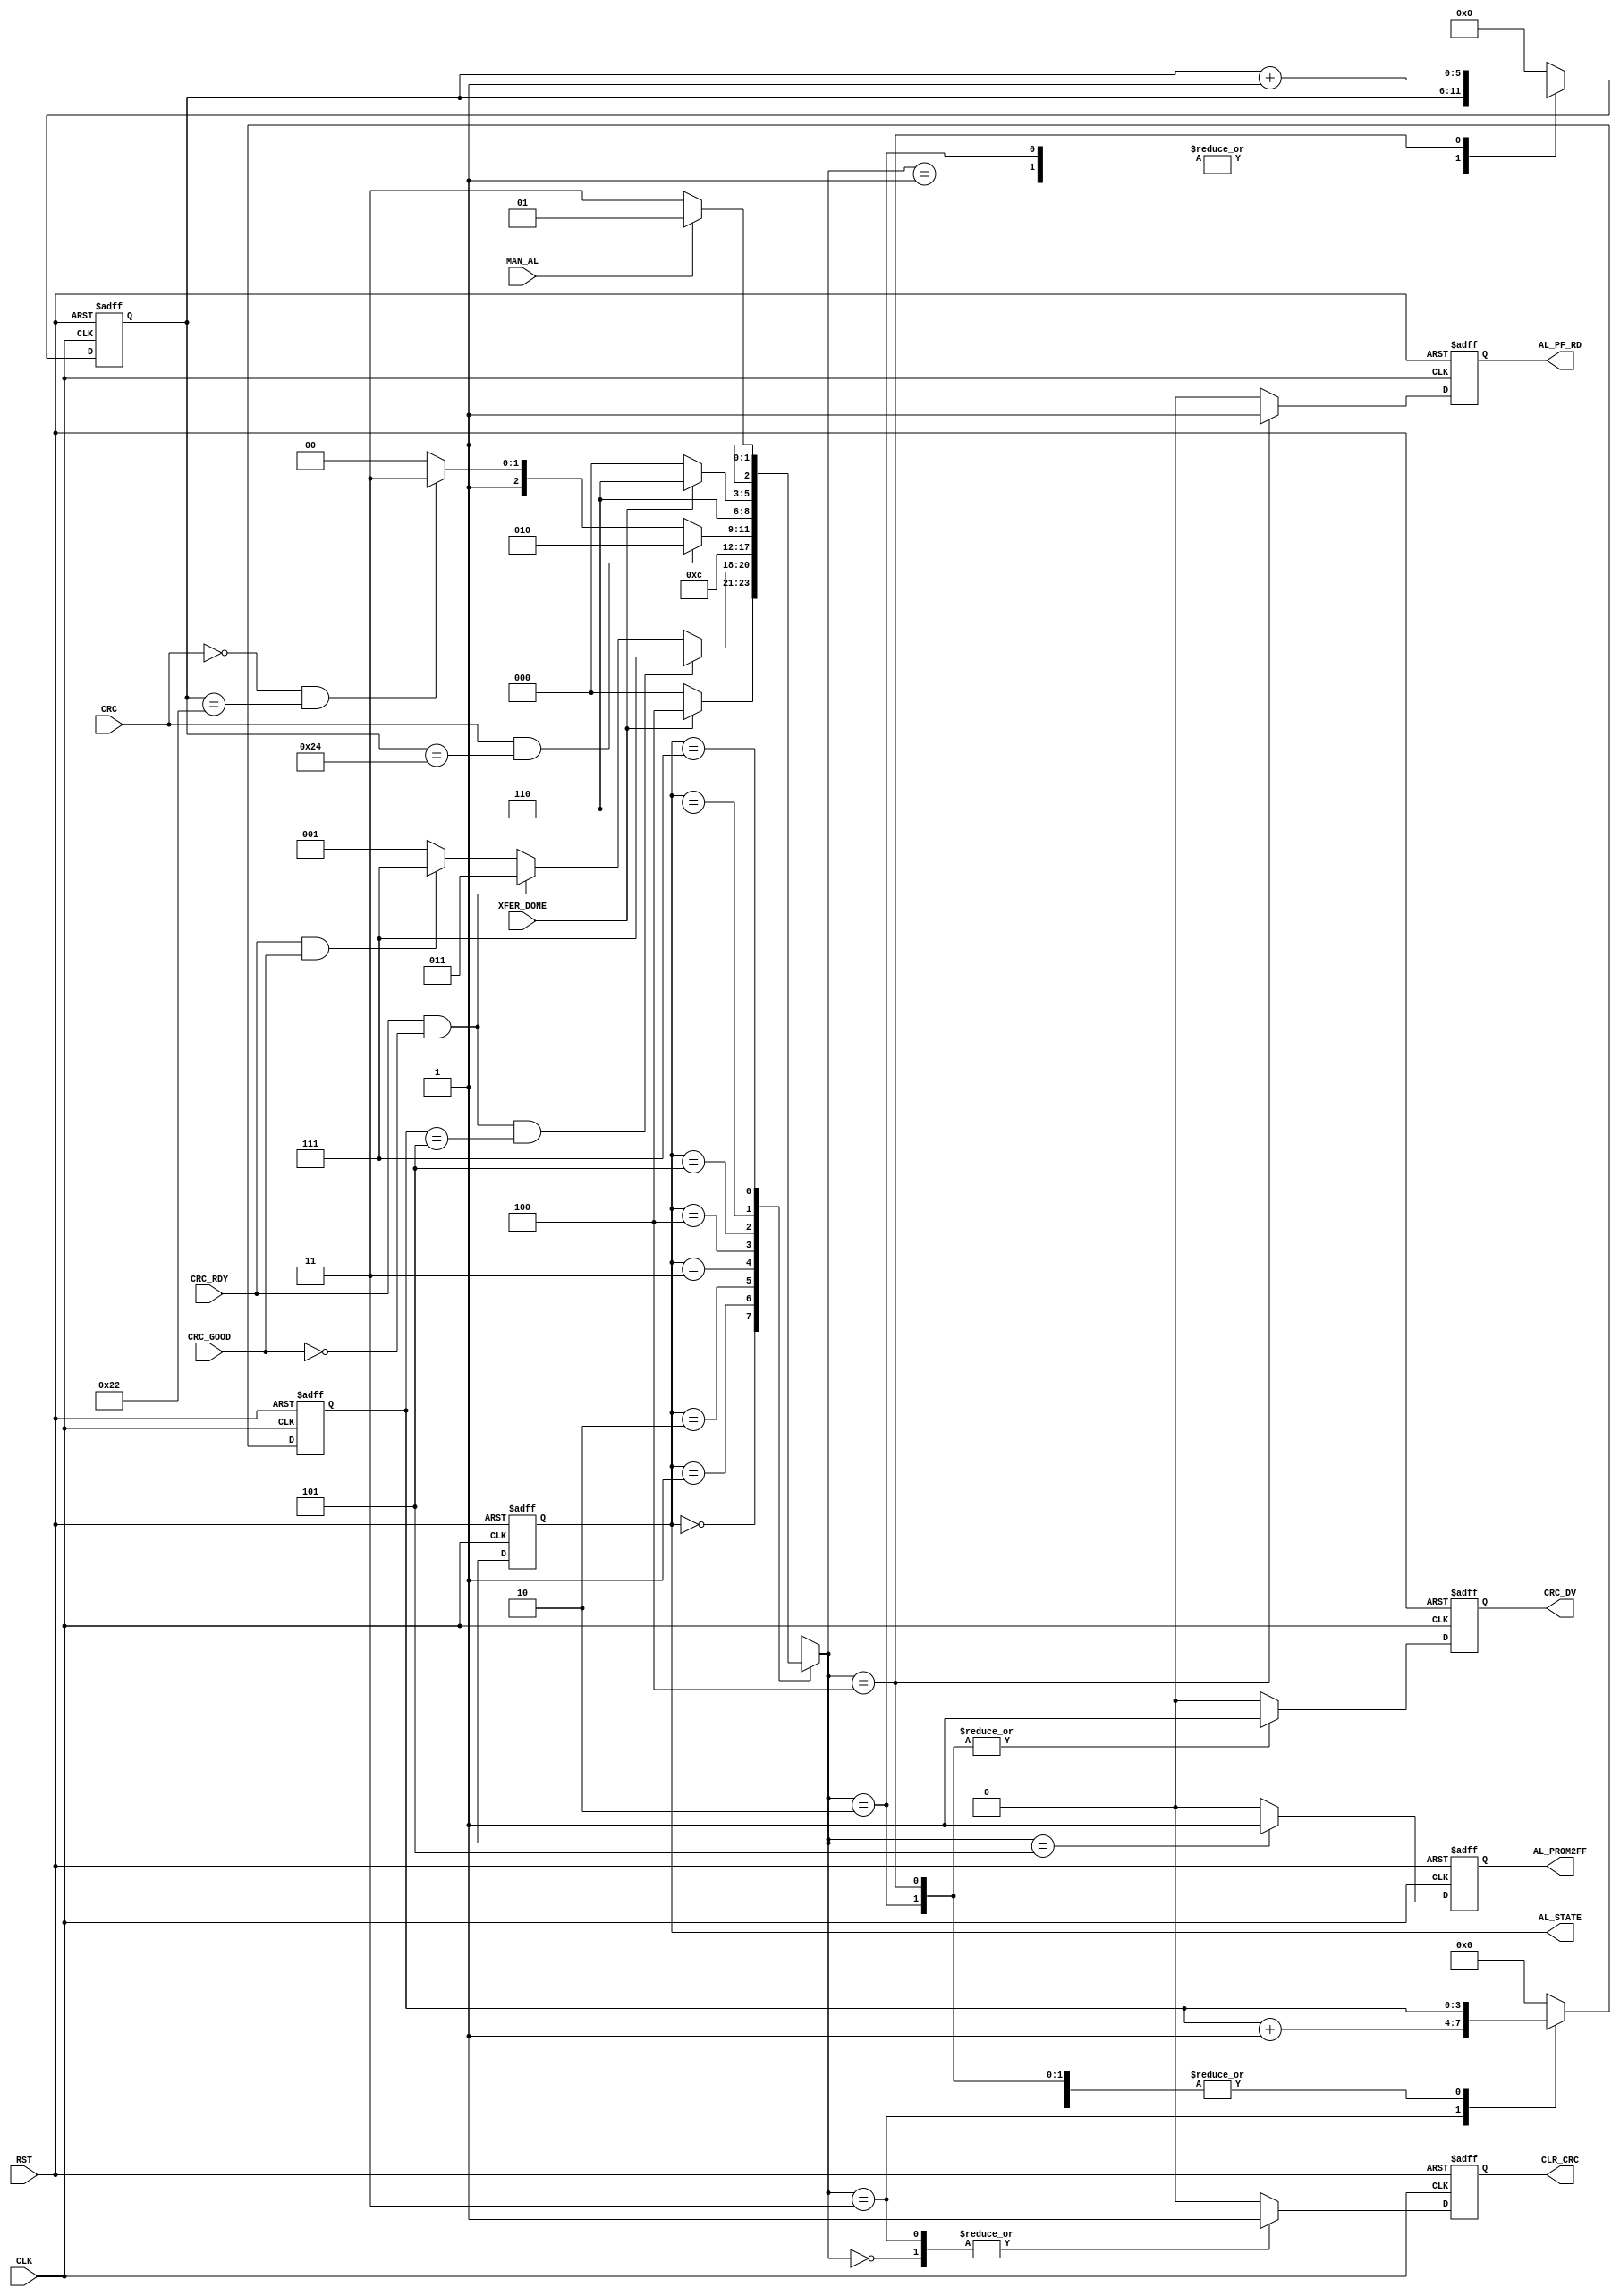

// Created by fizzim_tmr.pl version $Revision: 4.44 on 2018:05:21 at 14:42:21 (www.fizzim.com)

module Auto_Load_Param_FSM 
  #(
    parameter MAX_ATMPT = 9'd5,
    parameter MAX_WRDS = 9'd34
  )(
  output reg AL_PF_RD,
  output reg AL_PROM2FF,
  output reg CLR_CRC,
  output reg CRC_DV,
  output wire [2:0] AL_STATE,
  input CLK,
  input CRC,
  input CRC_GOOD,
  input CRC_RDY,
  input MAN_AL,
  input RST,
  input XFER_DONE 
);

  // state bits
  parameter 
  Idle       = 3'b000, 
  CHK_CRC    = 3'b001, 
  CRC_Calc   = 3'b010, 
  Next_Atmpt = 3'b011, 
  Read_FIFO  = 3'b100, 
  Start_Xfer = 3'b101, 
  Sync       = 3'b110, 
  Wait4Xfer  = 3'b111; 

  reg [2:0] state;

  assign AL_STATE = state;

  reg [2:0] nextstate;


  reg [5:0] al_cnt;
  reg [3:0] atmpt_cnt;

  // comb always block
  always @* begin
    nextstate = 3'bxxx; // default to x because default_state_is_x is set
    case (state)
      Idle      : if      (XFER_DONE)                                     nextstate = Read_FIFO;
                  else                                                    nextstate = Idle;
      CHK_CRC   : if      (CRC_RDY && !CRC_GOOD && atmpt_cnt==MAX_ATMPT)  nextstate = Wait4Xfer;
                  else if (CRC_RDY && !CRC_GOOD)                          nextstate = Next_Atmpt;
                  else if (CRC_RDY && CRC_GOOD)                           nextstate = Wait4Xfer;
                  else                                                    nextstate = CHK_CRC;
      CRC_Calc  :                                                         nextstate = CHK_CRC;
      Next_Atmpt:                                                         nextstate = Read_FIFO;
      Read_FIFO : if      (CRC && al_cnt==(MAX_WRDS+2))                   nextstate = CRC_Calc;
                  else if (!CRC && al_cnt==MAX_WRDS)                      nextstate = Wait4Xfer;
                  else                                                    nextstate = Read_FIFO;
      Start_Xfer:                                                         nextstate = Sync;
      Sync      : if      (!XFER_DONE)                                    nextstate = Idle;
                  else                                                    nextstate = Sync;
      Wait4Xfer : if      (MAN_AL)                                        nextstate = Start_Xfer;
                  else                                                    nextstate = Wait4Xfer;
    endcase
  end

  // Assign reg'd outputs to state bits

  // sequential always block
  always @(posedge CLK or posedge RST) begin
    if (RST)
      state <= Idle;
    else
      state <= nextstate;
  end

  // datapath sequential always block
  always @(posedge CLK or posedge RST) begin
    if (RST) begin
      AL_PF_RD <= 0;
      AL_PROM2FF <= 0;
      CLR_CRC <= 0;
      CRC_DV <= 0;
      al_cnt <= 6'h00;
      atmpt_cnt <= 4'h0;
    end
    else begin
      AL_PF_RD <= 0; // default
      AL_PROM2FF <= 0; // default
      CLR_CRC <= 0; // default
      CRC_DV <= 0; // default
      al_cnt <= 6'h00; // default
      atmpt_cnt <= 4'h0; // default
      case (nextstate)
        Idle      :        CLR_CRC <= 1;
        CHK_CRC   : begin
                           al_cnt <= al_cnt;
                           atmpt_cnt <= atmpt_cnt;
        end
        CRC_Calc  : begin
                           CRC_DV <= 1;
                           al_cnt <= al_cnt;
                           atmpt_cnt <= atmpt_cnt;
        end
        Next_Atmpt: begin
                           CLR_CRC <= 1;
                           atmpt_cnt <= atmpt_cnt+1;
        end
        Read_FIFO : begin
                           AL_PF_RD <= 1;
                           CRC_DV <= 1;
                           al_cnt <= al_cnt+1;
                           atmpt_cnt <= atmpt_cnt;
        end
        Start_Xfer:        AL_PROM2FF <= 1;
      endcase
    end
  end

  // This code allows you to see state names in simulation
  `ifndef SYNTHESIS
  reg [79:0] statename;
  always @* begin
    case (state)
      Idle      : statename = "Idle";
      CHK_CRC   : statename = "CHK_CRC";
      CRC_Calc  : statename = "CRC_Calc";
      Next_Atmpt: statename = "Next_Atmpt";
      Read_FIFO : statename = "Read_FIFO";
      Start_Xfer: statename = "Start_Xfer";
      Sync      : statename = "Sync";
      Wait4Xfer : statename = "Wait4Xfer";
      default   : statename = "XXXXXXXXXX";
    endcase
  end
  `endif

endmodule